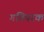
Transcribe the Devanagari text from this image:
गतिपरक